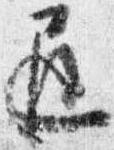
遅